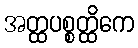
အတ္ထပစ္စတ္ထိကေ